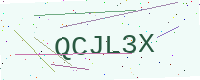
Text: QCJL3X